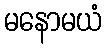
မနောမယံ